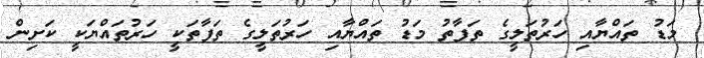
މަޑު ތައްޔާއި ހަރުތަލީގެ ތަފާތު މަޑު ތައްޔާއި ހަރުތަލީގެ ތަފާތަކީ ހަރުތައްޔަކީ ކަށިން